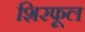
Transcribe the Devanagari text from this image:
शिरफूल